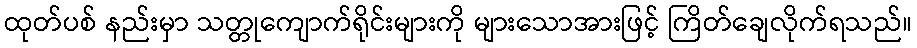
ထုတ်ပစ် နည်းမှာ သတ္တုကျောက်ရိုင်းများကို များသောအားဖြင့် ကြိတ်ချေလိုက်ရသည်။